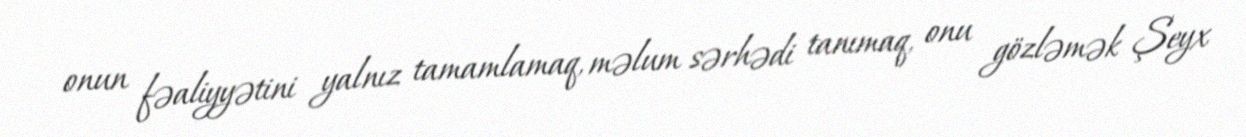
onun fəaliyyətini yalnız tamamlamaq, məlum sərhədi tanımaq, onu gözləmək Şeyx